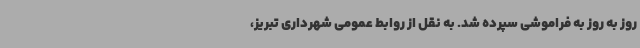
روز به روز به فراموشی سپرده شد. به نقل از روابط عمومی شهرداری تبریز،